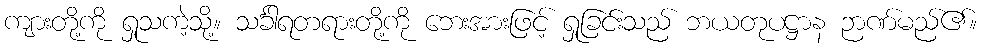
ကျားတို့ကို ရှုသကဲ့သို့။ သင်္ခါရတရားတို့ကို ဘေးအားဖြင့် ရှုခြင်းသည် ဘယတုပဋ္ဌာန ဉာဏ်မည်၏။